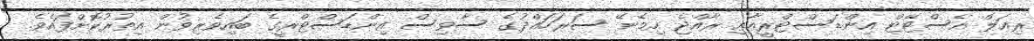
ރިއަލް އެސްޓޭޓް އިންޑަސްޓްރީއާއި ރާއްޖެ ހިމެނޭ ސަރަހައްދުގެ ސާވިސް އިންޑަސްޓްރީގެ ބަައިވެރިވުން އިތުރުކޮށްފައެވެ.